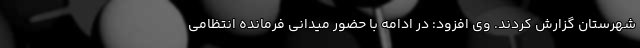
شهرستان گزارش کردند. وی افزود: در ادامه با حضور میدانی فرمانده انتظامی